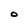
Character: 0